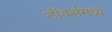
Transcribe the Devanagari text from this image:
टॉवर्समध्ये